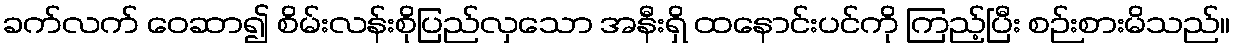
ခက်လက် ဝေဆာ၍ စိမ်းလန်းစိုပြည်လှသော အနီးရှိ ထနောင်းပင်ကို ကြည့်ပြီး စဉ်းစားမိသည်။